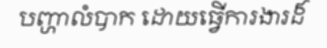
បញ្ហាលំបាក ដោយធ្វើការងារដ៏